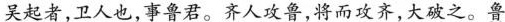
吴起者，卫人也，事鲁君。齐人攻鲁，将而攻齐，大破之。鲁